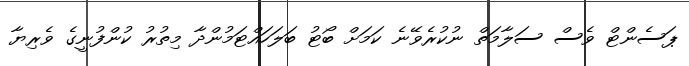
ޕަސެންޓް ވެސް ސަލާމަތް ނުކުރެވޭނެ ކަމަށް ބޯޓު ބަލަހައްޓަމުންދާ މިތުރު ކުންފުނީގެ ވެރިޔާ